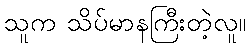
သူက သိပ်မာနကြီးတဲ့လူ။